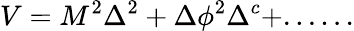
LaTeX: V=M^{2}\Delta^{2}+\Delta\phi^{2}\Delta^{c}+......